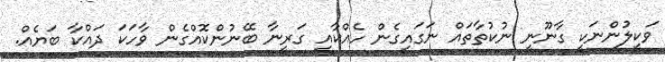
ވަކީލުންނަކީ ގާނޫނީ ނުކުތާތައް ނަގައިގެން ހެއްކާއި ގަރީނާ ބޭނުންކޮއްގެން ވާހަކަ ދައްކާ ބަޔެއް.